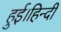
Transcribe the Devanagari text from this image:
हुई।हिन्दी